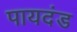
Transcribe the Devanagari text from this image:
पायदंड